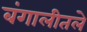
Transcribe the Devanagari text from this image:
बंगालीतले